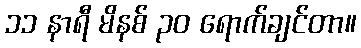
၁၁ နာရီ မိနစ် ၃၀ ရောက်ချင်တာ။